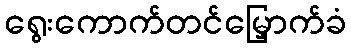
ရွေးကောက်တင်မြှောက်ခံ